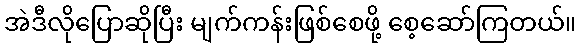
အဲဒီလိုပြောဆိုပြီး မျက်ကန်းဖြစ်စေဖို့ စေ့ဆော်ကြတယ်။